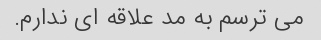
می ترسم به مد علاقه ای ندارم.